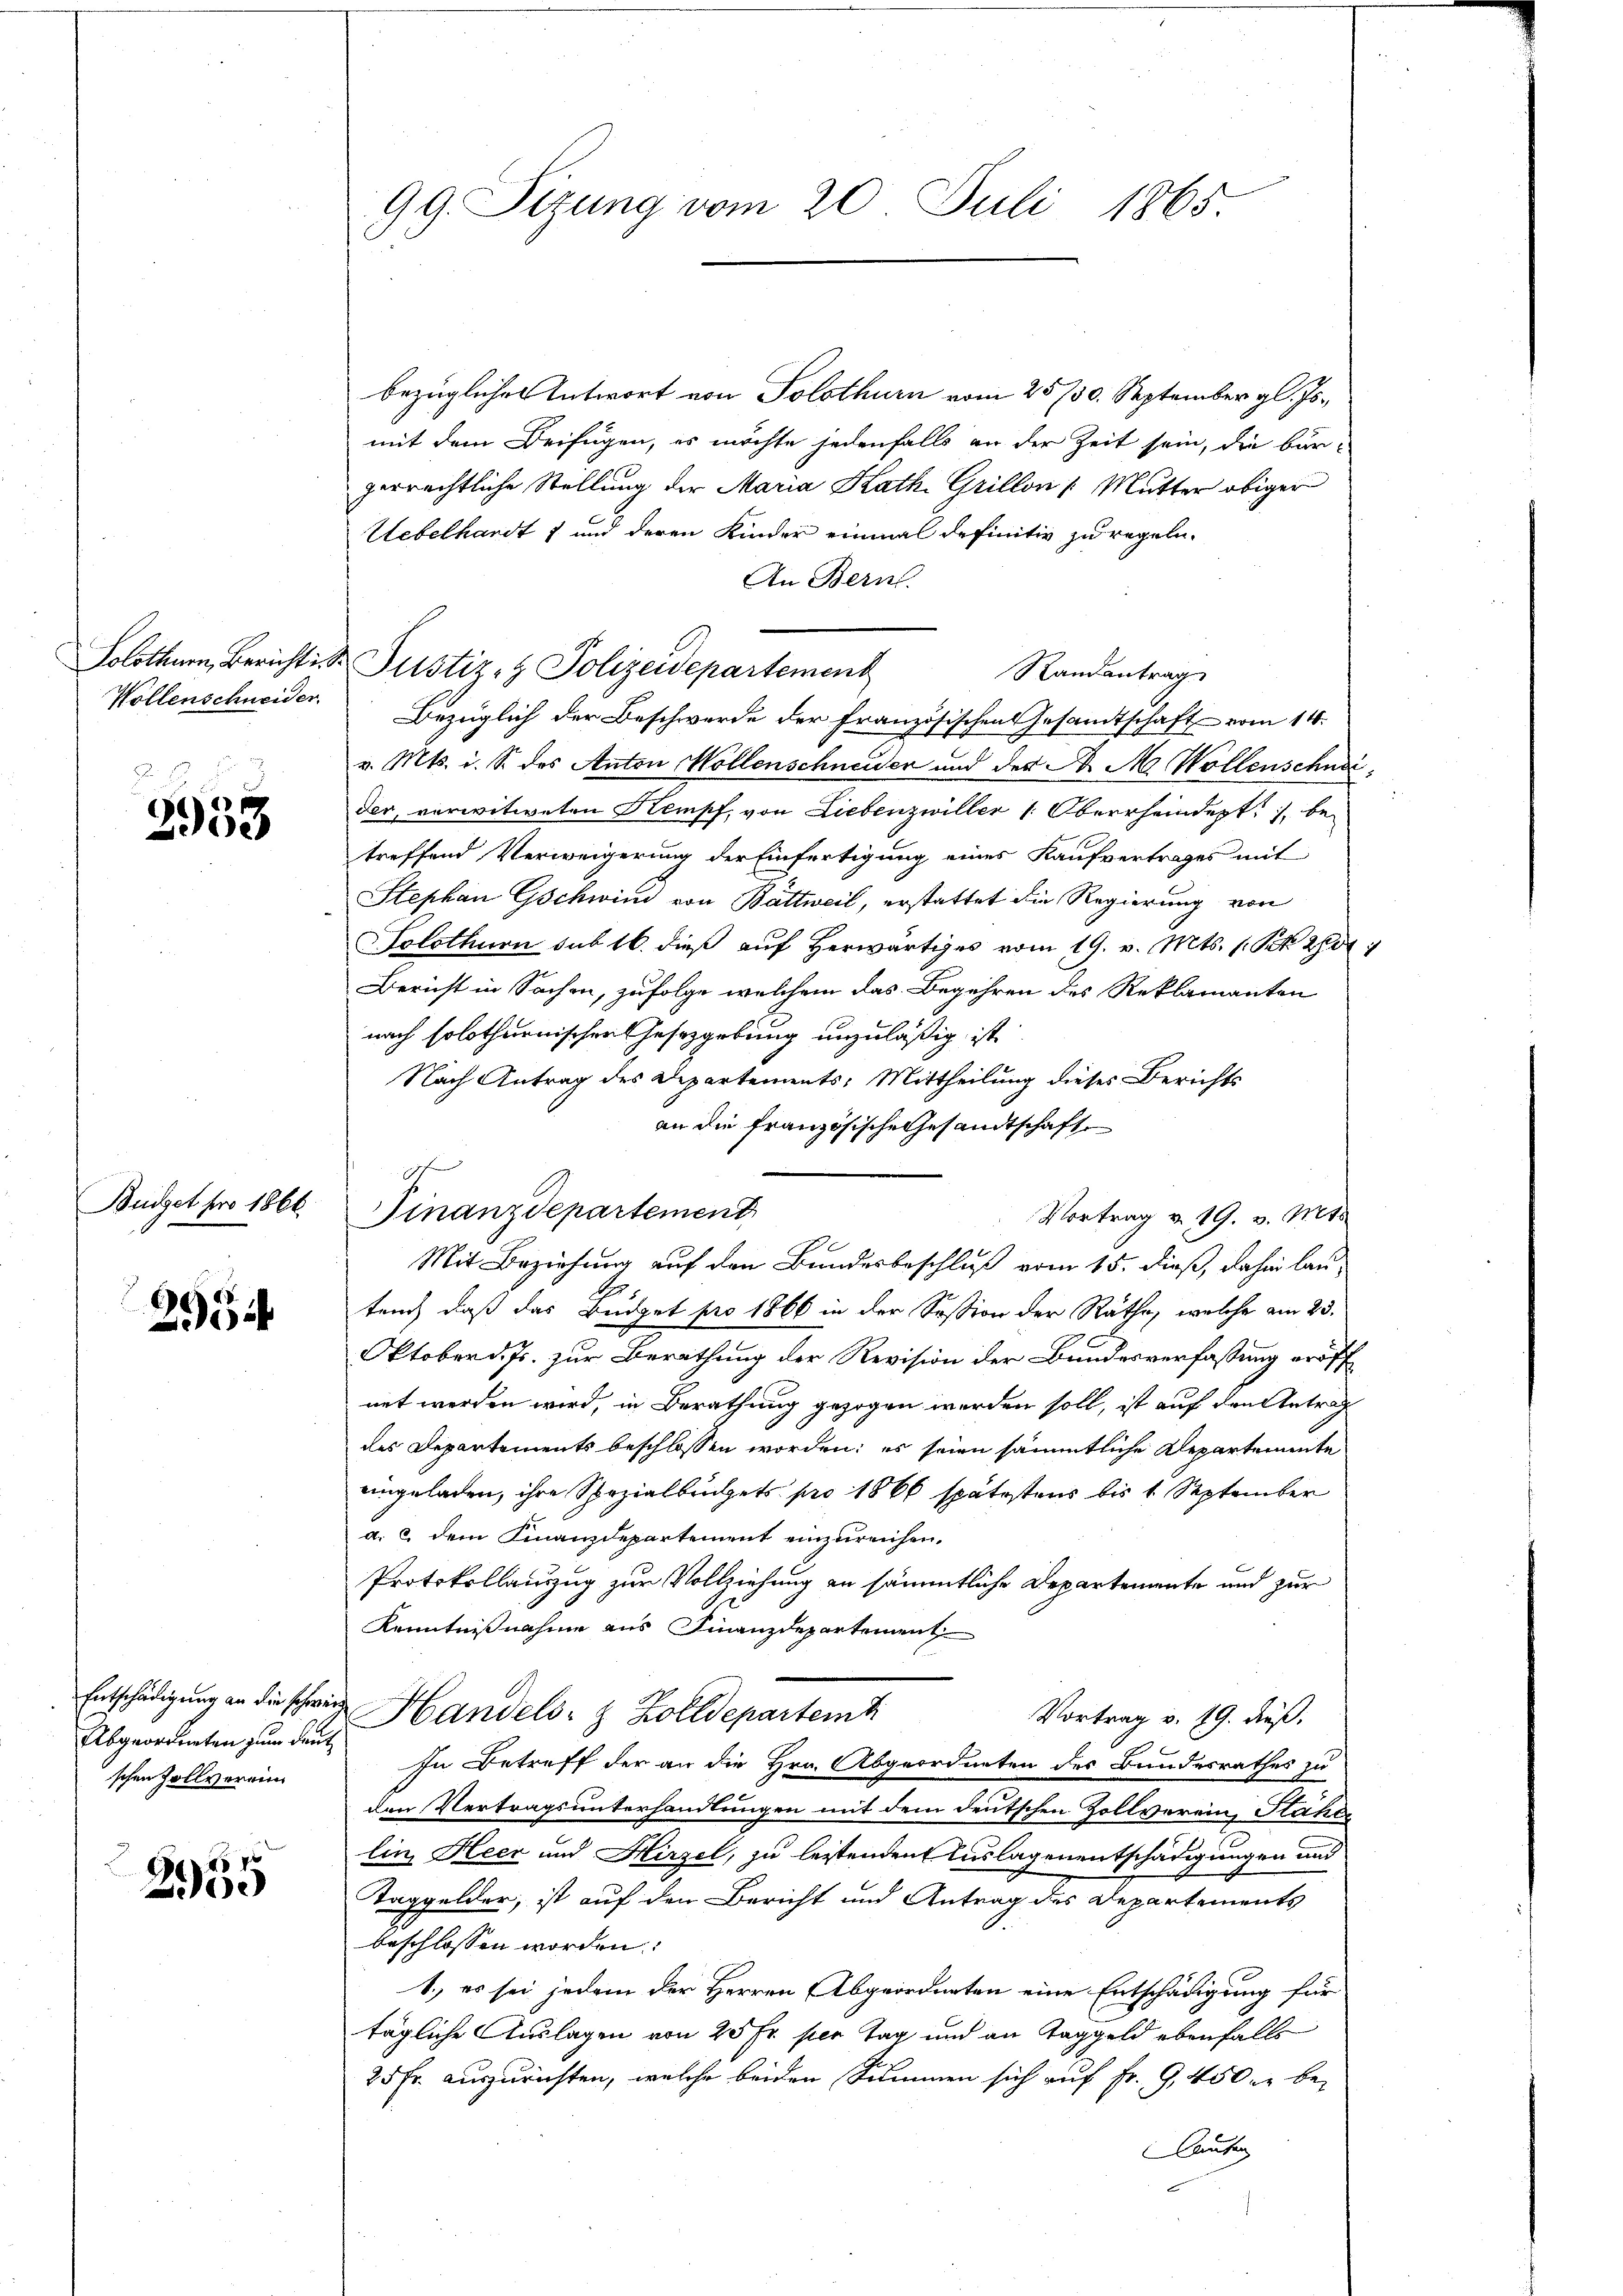
Wollenschneider.

2953

Budget pro 1866.

2954

bezügliches Antwort von Solothurn vom 25. 750. September gl. Js.
mit dem Beifügen, es möchte jedenfalls an der Zeit sein, die bur-
zerrechtliche Stellung der Maria Kath. Grillon /: Mutter obiger
Uebelhardt 1 und deren Kinder einmal definitiv zu regeln.
An Bern.
Randantrag
Bezüglich der Beschwerde der französischen Gesandtschaft vom 14.
v. Mts. i. S. des Anton Wollenschneider und der A. M. Wollenschner
der, verwitweten Kempf, von Liebenzwiller 1. Oberrheindert, betreffend Verweigerung der Einfertigung eines Kaufvertrages mit
Stephan Gschwind von Bättweil, erstattet die Regierung von
Solothurn sub 16. dieß auf Herwärtiges vom 19. v. Mts. s. S. 260
Bericht in Sachen, zufolge welchem das Begehren des Reklamanten
nach solothurnischen Gesetzgebung unzuläßig ist
Nach Antrag des Departements: Mittheilung dieses Berichts
an die französische Gesandtschaft
Finanzdepartement
Vortrag v. 19. v. Mts.
Mit Beziehung auf den Bundesbeschluß vom 15. dieß, dahin lau-
teuch daß das Büdget pro 1866 in der Session der Räthe, welche am 23.
Oktober d. Js. zur Berathung der Revision der Bundesverfassung eröff
net werden wird, in Berathung gezogen werden soll, ist auf den Antrag
des Departements beschlossen worden; es seien sämmtliche Departemente
eingeladen, ihre Spezialbuchets pro 1866 spätestens bis 1 September
a. 2 dem Finanzdepartement einzureichen.
Protokollanzug zur Vollziehung an sämmtliche Departemente und zur
Kenntnißnahme aus Finanzdepartement
Entschädigung an die schwere Handels- & Zolldepartem
Vortrag v. 19. dieß.
In Betreff der an die Hrn. Abgeordneten des Bundesrathes zu
den Vertragsunterhandlungen mit dem deutschen Zollverein, Stahe
lin Heer und Hirzel, zu leistenden Auslagenentschädigungen und
Taggelder, ist auf den Bericht und Antrag des Departements
beschlossen worden:
1.) es sei jedem der Herren Abgeordneten eine Entschädigung für
tägliche Auslagen von 25 Fr. per Tag und an Taggeld ebenfalls
25 Fr. auszurichten, welche beiden Summen sich auf Fr. 9, 450 er be¬
Laufen

Abgeordneten zum deut
schen Zollverein

2955

99. Sizung vom 20. Juli 1865.

Solothur, Bericht S. Justiz- & Polizeidepartement